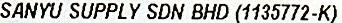
SANYU SUPPLY SDN BHD (1135772-K)